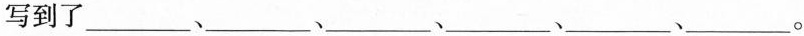
写到了___、___、___、___、___、___。